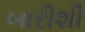
બારીશી